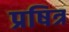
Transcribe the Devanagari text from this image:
प्रषित्र